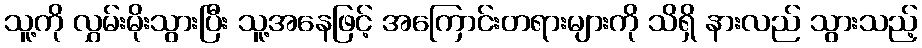
သူ့ကို လွှမ်းမိုးသွားပြီး သူ့အနေဖြင့် အကြောင်းတရားများကို သိရှိ နားလည် သွားသည့်